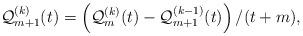
LaTeX: \begin{align*}\mathcal{Q}_{m+1}^{(k)}(t)=\left(\mathcal{Q}_{m}^{(k)}(t) - \mathcal{Q}_{m+1}^{(k-1)}(t)\right)/(t+m), \end{align*}